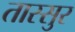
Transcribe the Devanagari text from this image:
तास्सुर